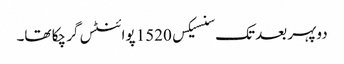
دوپہر بعد تک سنسیکس 1520 پوائنٹس گر چکا تھا۔